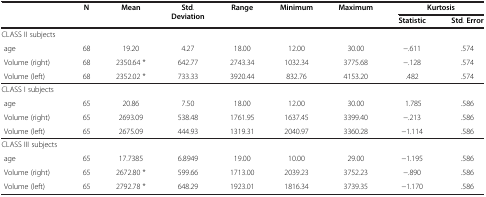
<table><thead><tr><td><b> </b></td><td><b>N</b></td><td><b>Mean</b></td><td><b>Std. Deviation</b></td><td><b>Range</b></td><td><b>Minimum</b></td><td><b>Maximum</b></td><td colspan="2"><b>Kurtosis</b></td></tr><tr><td><b> </b></td><td><b> </b></td><td><b> </b></td><td><b> </b></td><td><b> </b></td><td><b> </b></td><td><b> </b></td><td><b>Statistic</b></td><td><b>Std. Error</b></td></tr></thead><tbody><tr><td>CLASS II subjects</td><td colspan="8"> </td></tr><tr><td> age</td><td>68</td><td>19.20</td><td>4.27</td><td>18.00</td><td>12.00</td><td>30.00</td><td>−.611</td><td>.574</td></tr><tr><td> Volume (right)</td><td>68</td><td>2350.64 *</td><td>642.77</td><td>2743.34</td><td>1032.34</td><td>3775.68</td><td>−.128</td><td>.574</td></tr><tr><td> Volume (left)</td><td>68</td><td>2352.02 *</td><td>733.33</td><td>3920.44</td><td>832.76</td><td>4153.20</td><td>.482</td><td>.574</td></tr><tr><td>CLASS I subjects</td><td colspan="8"> </td></tr><tr><td> age</td><td>65</td><td>20.86</td><td>7.50</td><td>18.00</td><td>12.00</td><td>30.00</td><td> 1.785</td><td>.586</td></tr><tr><td> Volume (right)</td><td>65</td><td>2693.09</td><td>538.48</td><td>1761.95</td><td>1637.45</td><td>3399.40</td><td>−.213</td><td>.586</td></tr><tr><td> Volume (left)</td><td>65</td><td>2675.09</td><td>444.93</td><td>1319.31</td><td>2040.97</td><td>3360.28</td><td>−1.114</td><td>.586</td></tr><tr><td>CLASS III subjects</td><td colspan="8"> </td></tr><tr><td> age</td><td>65</td><td>17.7385</td><td>6.8949</td><td>19.00</td><td>10.00</td><td>29.00</td><td>−1.195</td><td>.586</td></tr><tr><td> Volume (right)</td><td>65</td><td>2672.80 *</td><td>599.66</td><td>1713.00</td><td>2039.23</td><td>3752.23</td><td>−.890</td><td>.586</td></tr><tr><td> Volume (left)</td><td>65</td><td>2792.78 *</td><td>648.29</td><td>1923.01</td><td>1816.34</td><td>3739.35</td><td>−1.170</td><td>.586</td></tr></tbody></table>